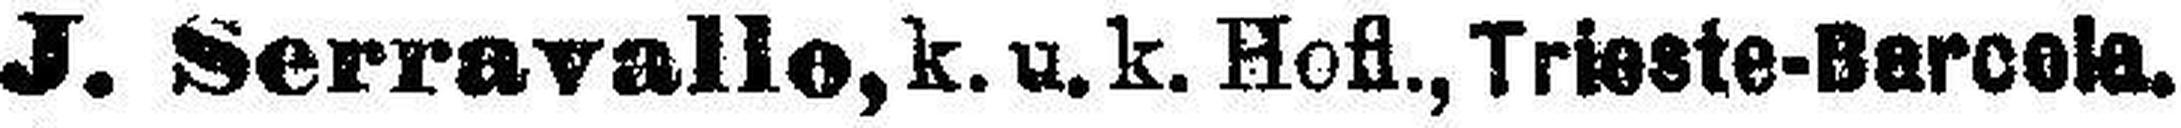
J. Serravallo, k. u. k. Hofl., Trieste-Barcela.